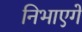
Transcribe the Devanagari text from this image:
निभाएगें